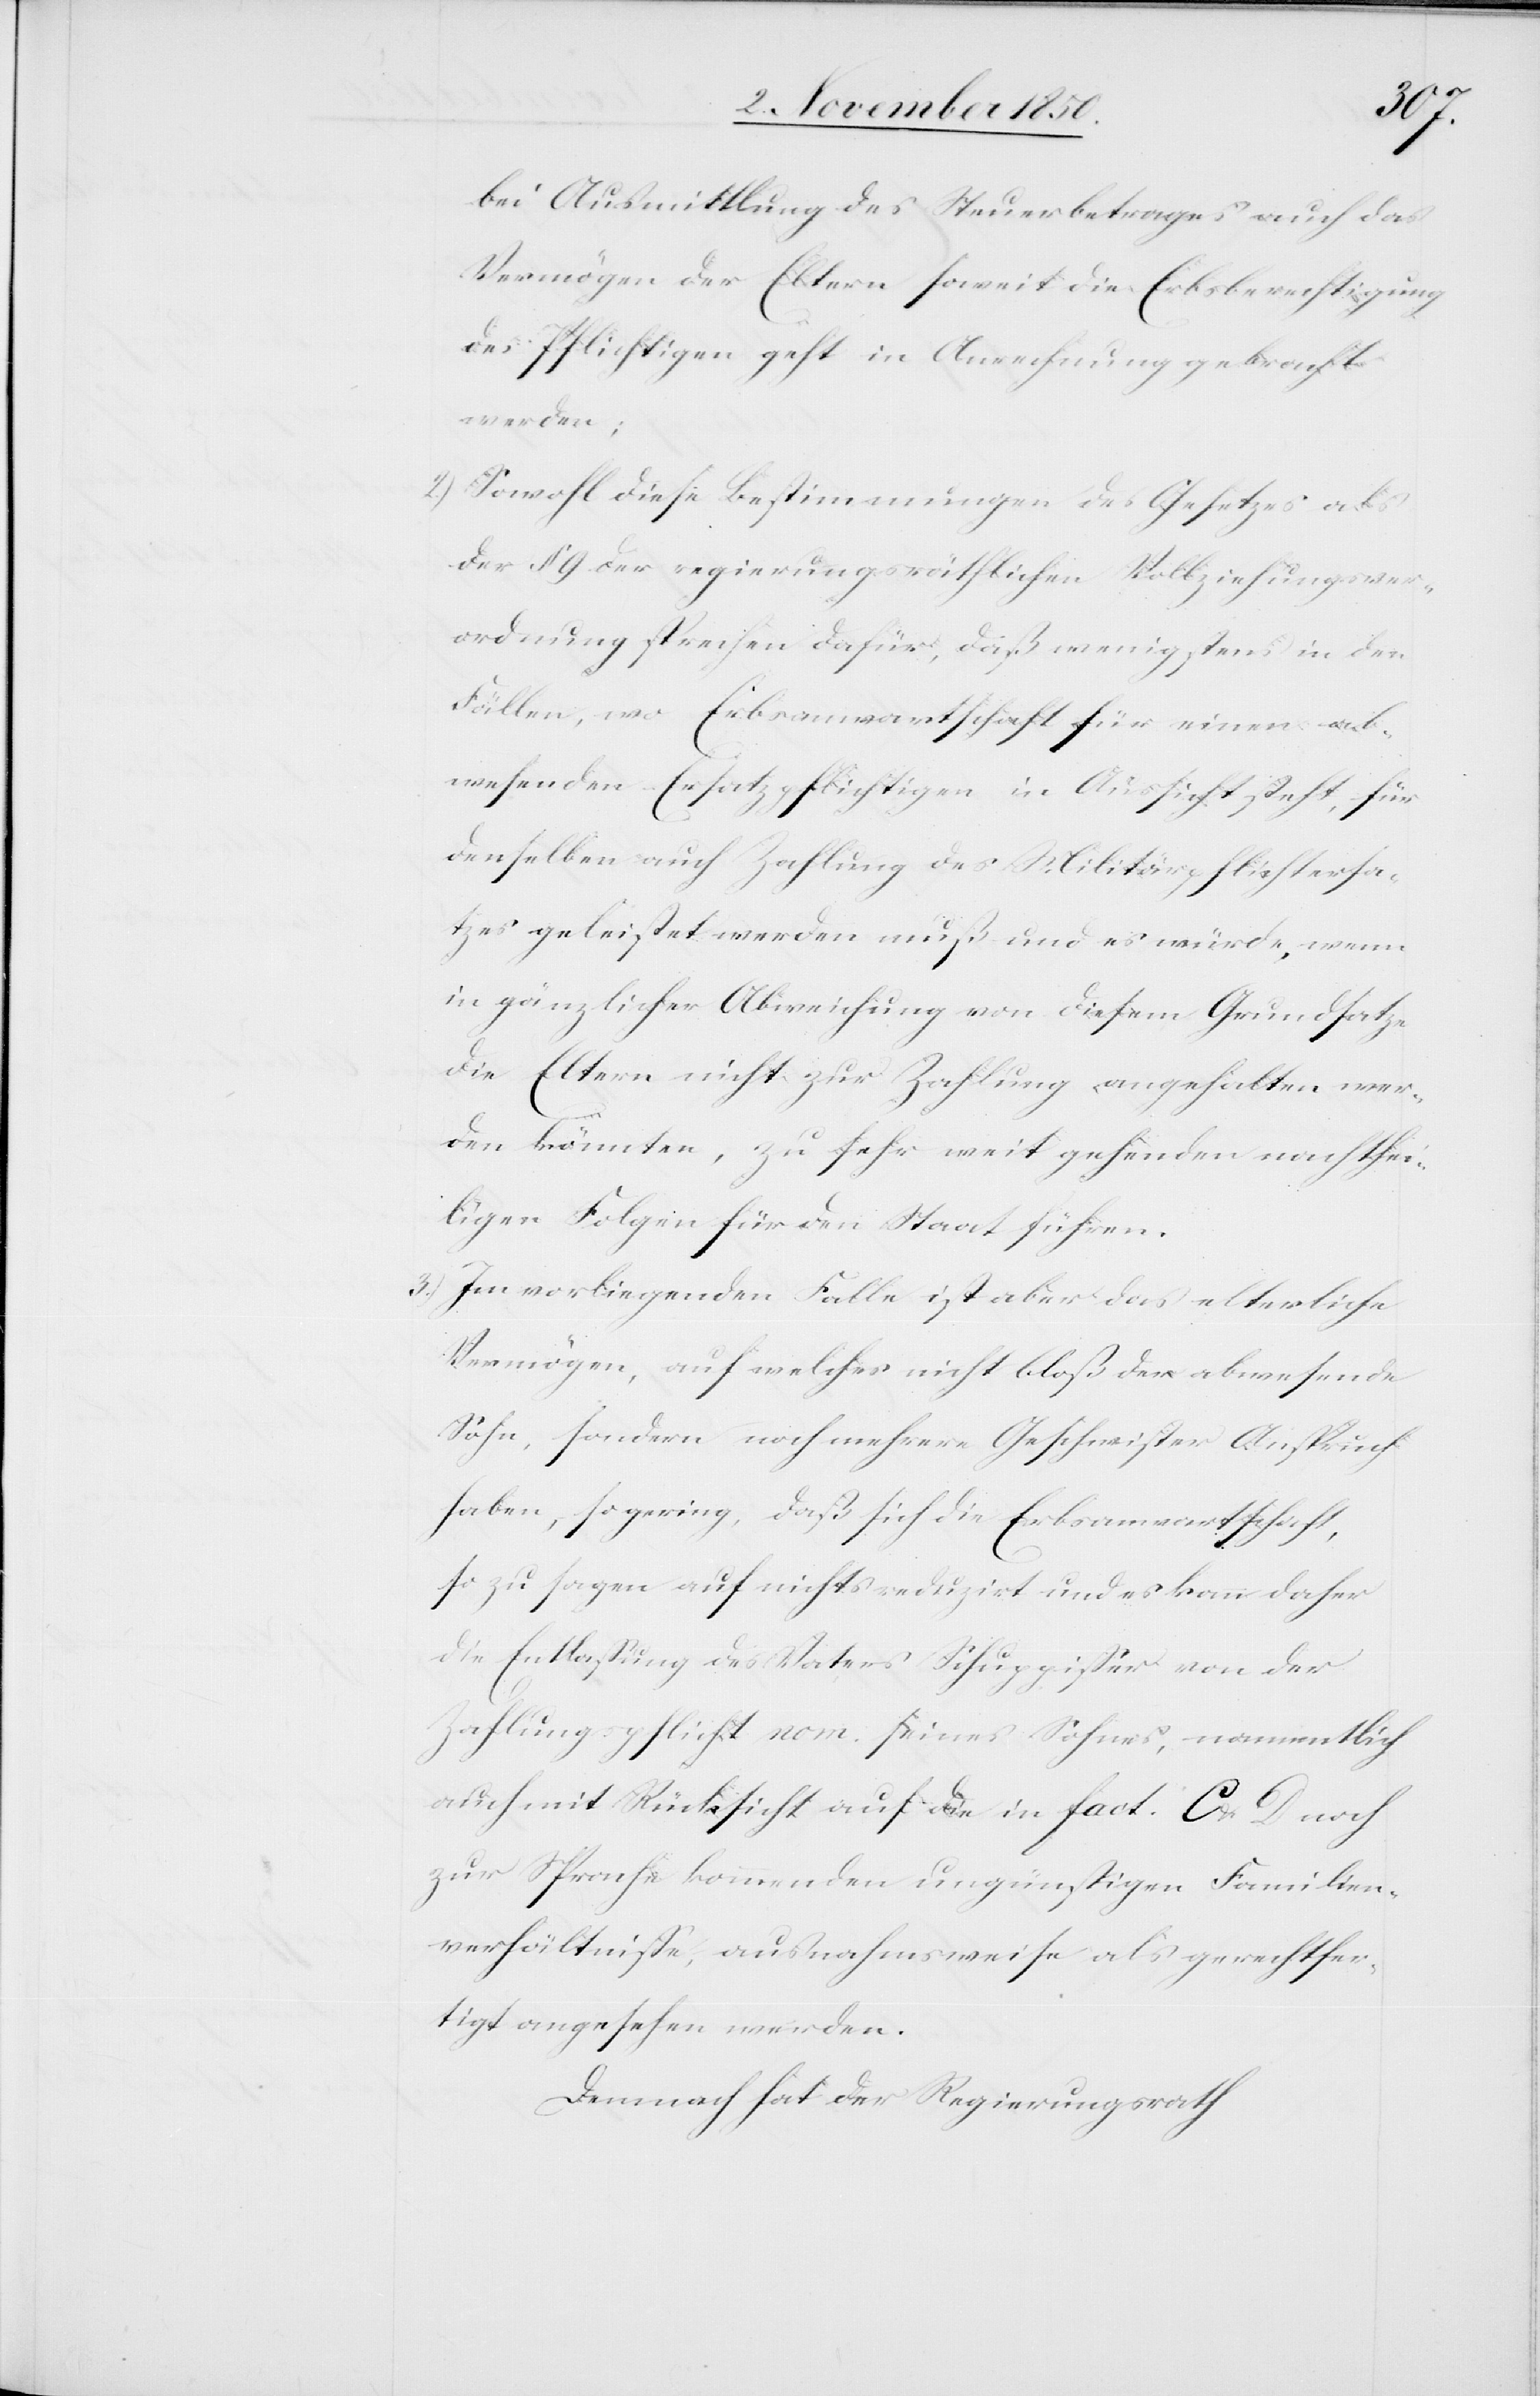
bei Ausmittlung des Steuerbetrages auch das
Vermögen der Eltern soweit die Erbsberechtigung
des Pflichtigen geht in Anrechnung gebracht
werden;
2.) Sowohl diese Bestimmungen des Gesetzes als
der § 9 der regierungsräthlichen Vollziehungsver¬
ordnung sprechen dafür, daß wenigstens in den
Fällen, wo Erbsanwartschaft für einen ab¬
wesenden Ersatzpflichtigen in Aussicht steht, für
denselben auch Zahlung des Militärpflichtersa¬
tzes geleistet werden muß und es würde, wenn
in gänzlicher Abweichung von diesem Grundsatze
die Eltern nicht zur Zahlung angehalten wer¬
den könnten, zu sehr weit gehenden nachthei¬
ligen Folgen für den Staat führen.
3.) Im vorliegenden Falle ist aber das elterliche
Vermögen, auf welches nicht bloß der abwesende
Sohn, sondern noch mehrere Geschwister Anspruch
haben, so gering, daß sich die Erbsanwartschaft,
so zu sagen auf nichts reduzirt und es kann daher
die Entlassung des Vaters Schuppisser von der
Zahlungspflicht nom. seines Sohnes, namentlich
auch mit Rücksicht auf die in fact. C &
zur Sprache kommenden ungünstigen Familien¬
verhältnisse, ausnahmsweise als gerechtfer¬
tigt angesehen werden.
Demnach hat der Regierungsrath